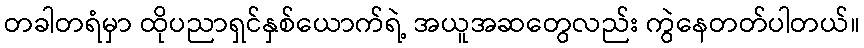
တခါတရံမှာ ထိုပညာရှင်နှစ်ယောက်ရဲ့ အယူအဆတွေလည်း ကွဲနေတတ်ပါတယ်။